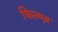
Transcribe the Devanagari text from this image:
फिल्म्ज़